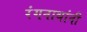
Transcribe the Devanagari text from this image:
रंगनाथांनी